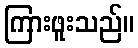
ကြားဖူးသည်။